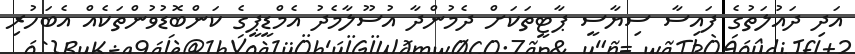
އަދި ދައުލަތުގެ ފައިސާ ސިޔާސީ ޕާޓީތަކަށް ދެމުންދާ އުސޫލާމެދު އެމްޑީޕީގެ ކަންބޮޑުވުންތަކެއް އެބަހުރި